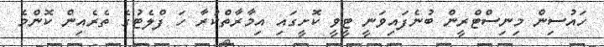
ހައުސިން މިނިސްޓްރީން ބުނެފައިވަނީ ޓީވީ ކޮށީގައި އިމާރާތްކުރާ ހަ ފްލެޓުގެ ތެރެއިން ކޮންމެ